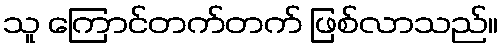
သူ ကြောင်တက်တက် ဖြစ်လာသည်။